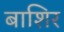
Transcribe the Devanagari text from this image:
बाशिर